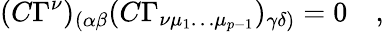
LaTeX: (C\Gamma^{\nu})_{(\alpha\beta}(C\Gamma_{\nu\mu_{1}\dots\mu_{p-1}})_{\gamma\delta)}=0\quad,